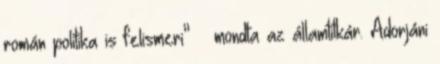
román politika is felismeri” – mondta az államtitkár. Adorjáni